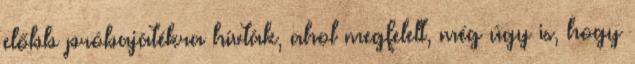
előbb próbajátékra hívták, ahol megfelelt, még úgy is, hogy